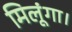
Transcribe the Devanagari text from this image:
मिलूंगा।